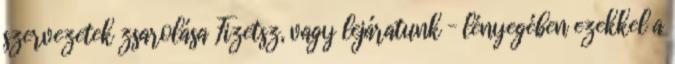
szervezetek zsarolása Fizetsz, vagy lejáratunk – lényegében ezekkel a